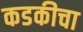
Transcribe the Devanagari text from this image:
कडकीचा